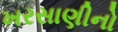
ખરસાણીનો